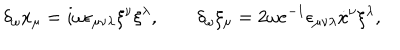
\delta _ { \omega } x _ { \mu } = i { \omega } \epsilon _ { \mu \nu \lambda } \xi ^ { \nu } \xi ^ { \lambda } , \qquad \delta _ { \omega } \xi _ { \mu } = 2 { \omega } e ^ { - 1 } \epsilon _ { \mu \nu \lambda } \dot { x } { } ^ { \nu } \xi ^ { \lambda } ,